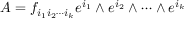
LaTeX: A = f _ { i _ { 1 } i _ { 2 } \cdots i _ { k } } e ^ { i _ { 1 } } \wedge e ^ { i _ { 2 } } \wedge \cdots \wedge e ^ { i _ { k } }